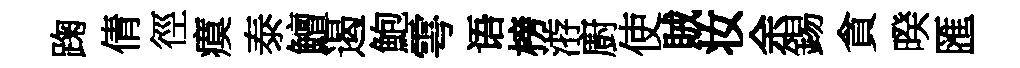
踘倩徑瘼泰鱣遏鮑雩语榜㳺廚使賊妆余錫貪暌匯